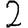
Digit: 2